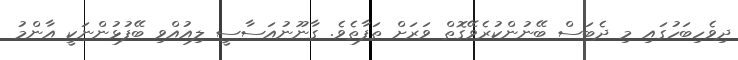
ދިވެހިބަހުގައި މި ދެބަސް ބޭނުންކުރެވޭގޮތް ވަރަށް ތަފާތެވެ. ގާނޫނުއަސާސީ ލިއުއްވި ބޭފުޅުންނަކީ އާންމު